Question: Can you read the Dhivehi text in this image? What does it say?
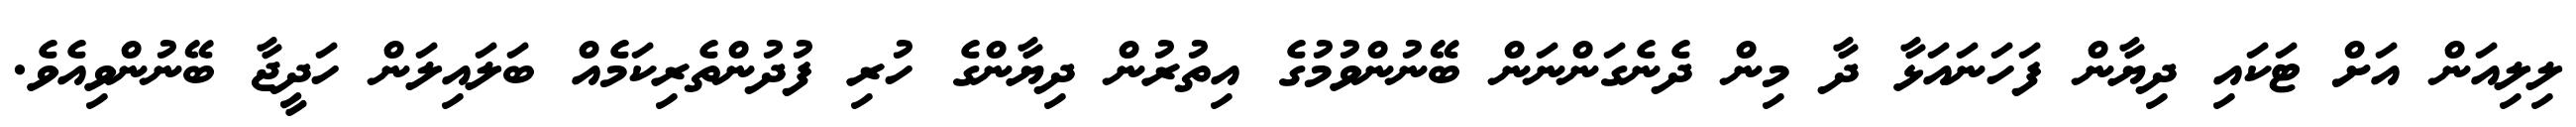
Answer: ލިލިއަން އަށް ޓަކައި ދިޔާން ފަހަނައަޅާ ދާ މިން ދެނެގަންނަން ބޭނުންވުމުގެ އިތުރުން ދިޔާންގެ ހުރި ފުދުންތެރިކަމެއް ބަލައިލަން ހަދީޖާ ބޭނުންވިއެވެ.